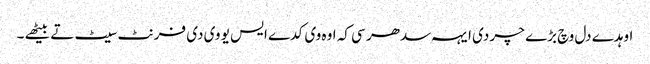
اوہدے دل وچ بڑے چر دی ایہہ سدھر سی کہ اوہ وی کدے ایس یو وی دی فرنٹ سیٹ تے بیٹھے ۔